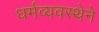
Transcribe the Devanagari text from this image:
धर्मव्यवस्थेने